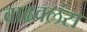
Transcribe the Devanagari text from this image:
वाढवलंस